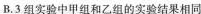
B.3组实验中甲组和乙组的实验结果相同